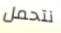
نتحمل